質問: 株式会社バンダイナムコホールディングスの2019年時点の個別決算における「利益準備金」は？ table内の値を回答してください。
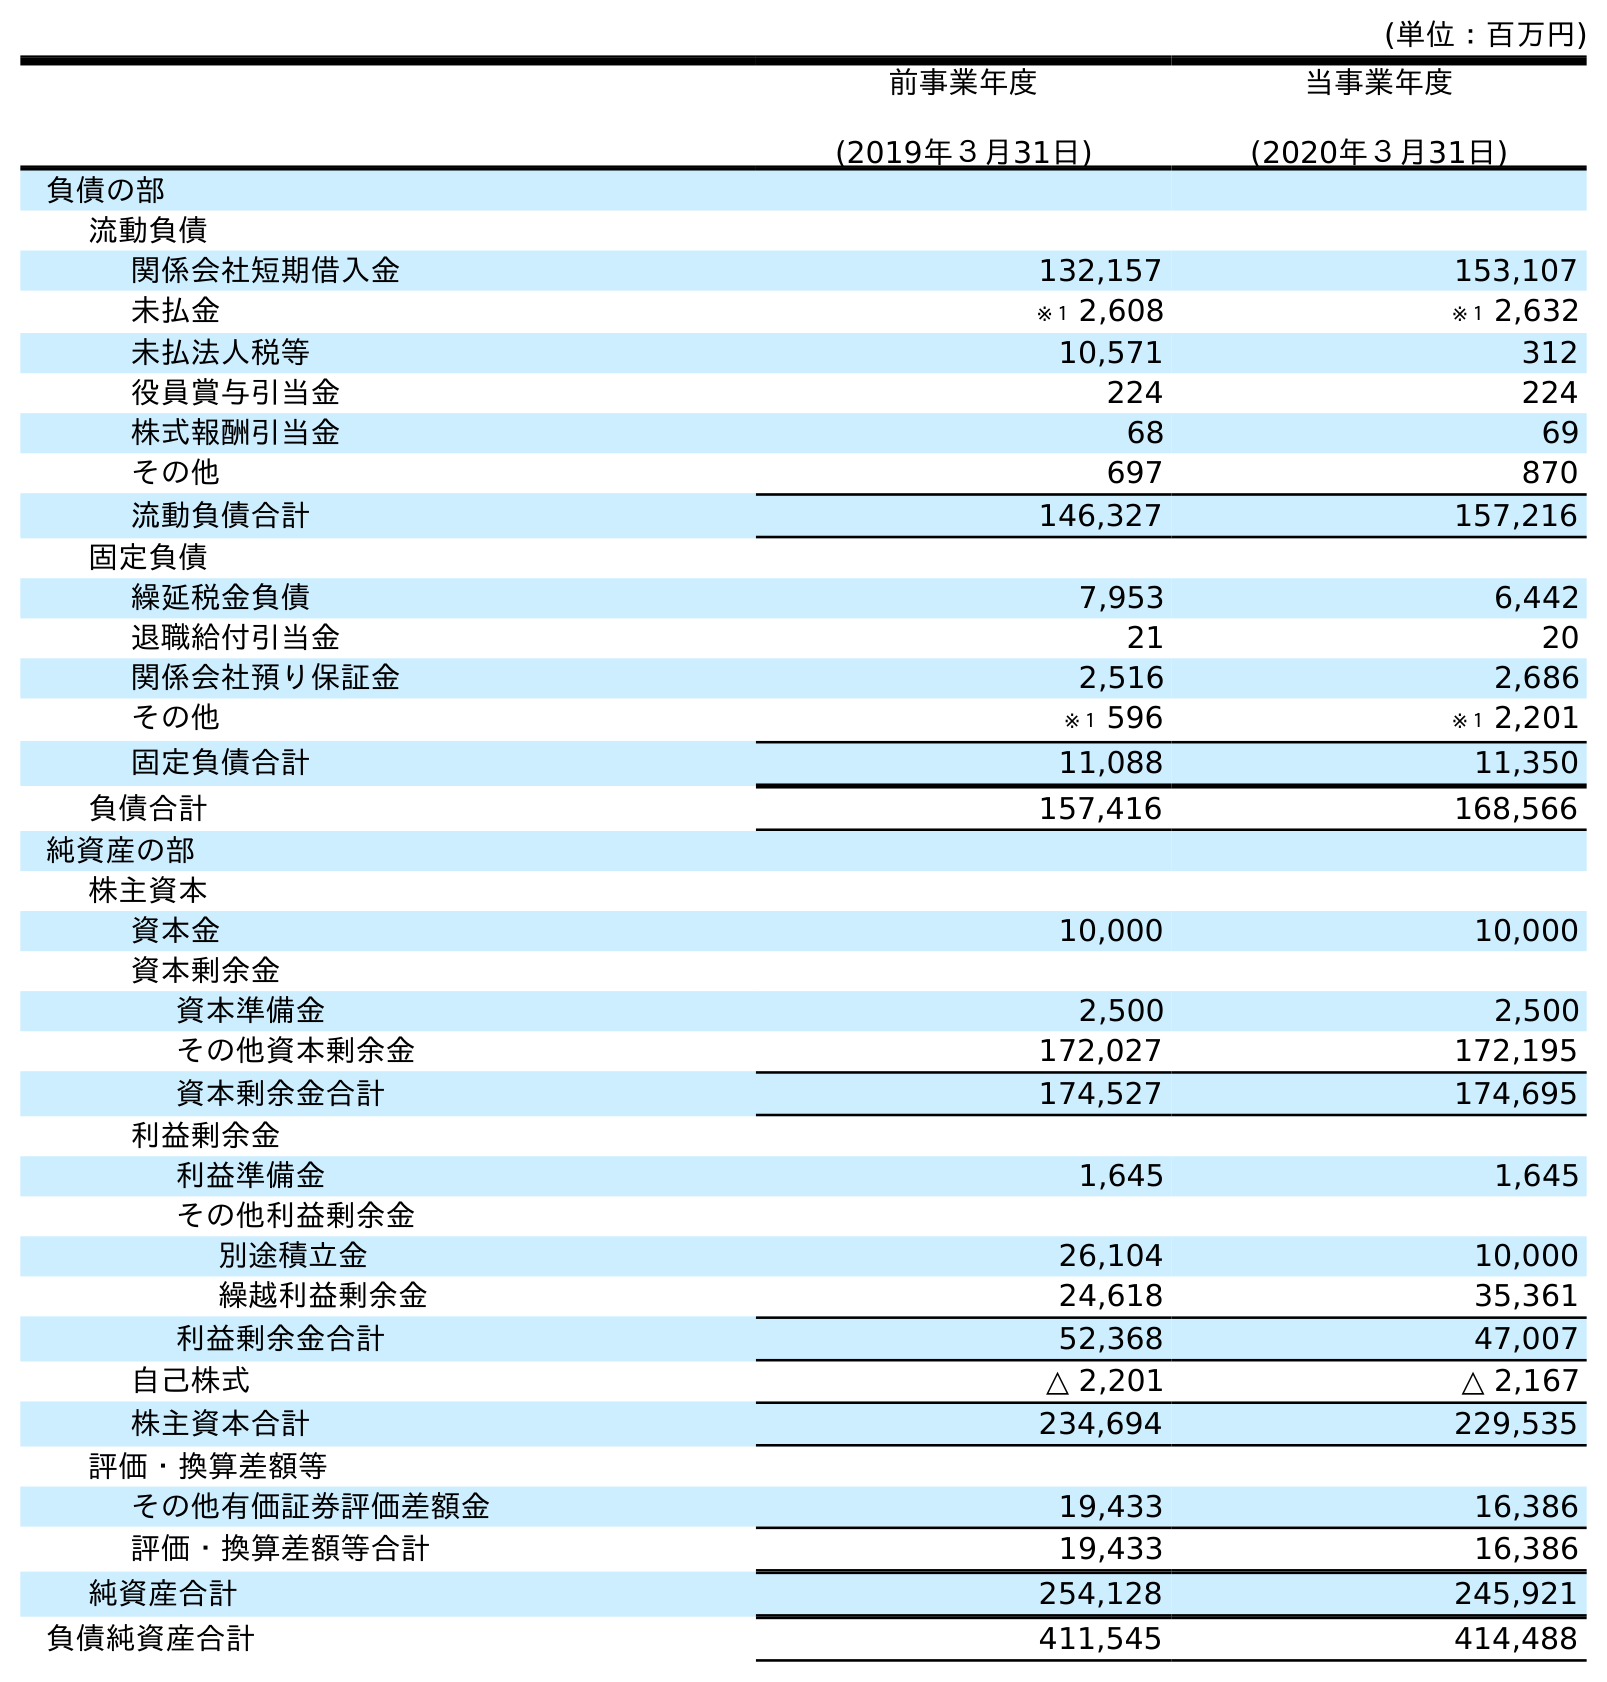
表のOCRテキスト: (単位：百万円) 前事業年度 (2019年３月31日) 当事業年度 (2020年３月31日) 負債の部 流動負債 関係会社短期借入金 132,157 153,107 未払金 ※１ 2,608 ※１ 2,632 未払法人税等 10,571 312 役員賞与引当金 224 224 株式報酬引当金 68 69 その他 697 870 流動負債合計 146,327 157,216 固定負債 繰延税金負債 7,953 6,442 退職給付引当金 21 20 関係会社預り保証金 2,516 2,686 その他 ※１ 596 ※１ 2,201 固定負債合計 11,088 11,350 負債合計 157,416 168,566 純資産の部 株主資本 資本金 10,000 10,000 資本剰余金 資本準備金 2,500 2,500 その他資本剰余金 172,027 172,195 資本剰余金合計 174,527 174,695 利益剰余金 利益準備金 1,645 1,645 その他利益剰余金 別途積立金 26,104 10,000 繰越利益剰余金 24,618 35,361 利益剰余金合計 52,368 47,007 自己株式 △ 2,201 △ 2,167 株主資本合計 234,694 229,535 評価・換算差額等 その他有価証券評価差額金 19,433 16,386 評価・換算差額等合計 19,433 16,386 純資産合計 254,128 245,921 負債純資産合計 411,545 414,488
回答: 1,645